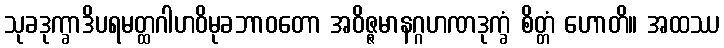
သုခဒုက္ခာဒိပရမတ္ထဂါဟဝိမုခဘာဝတော အဝိဇ္ဇမာနဂ္ဂဟဏဒုက္ခံ စိတ္တံ ဟောတိ။ အထဿ